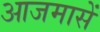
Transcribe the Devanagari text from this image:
आजमासें